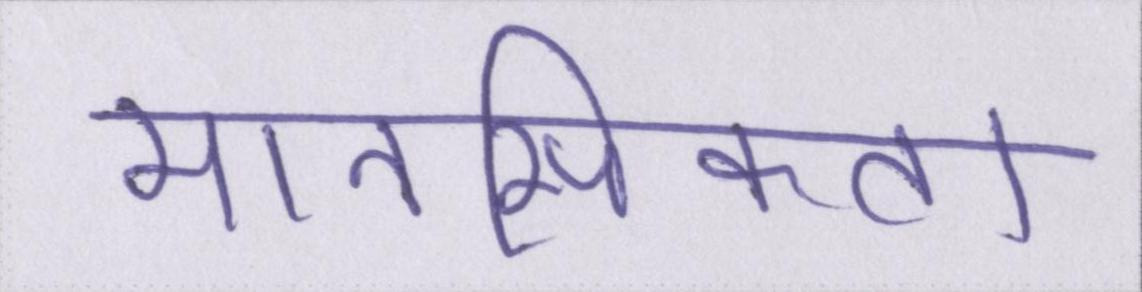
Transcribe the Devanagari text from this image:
मानसिकता